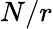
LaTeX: N/r